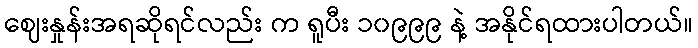
ဈေးနှုန်းအရဆိုရင်လည်း က ရူပီး ၁၀၉၉၉ နဲ့ အနိုင်ရထားပါတယ်။